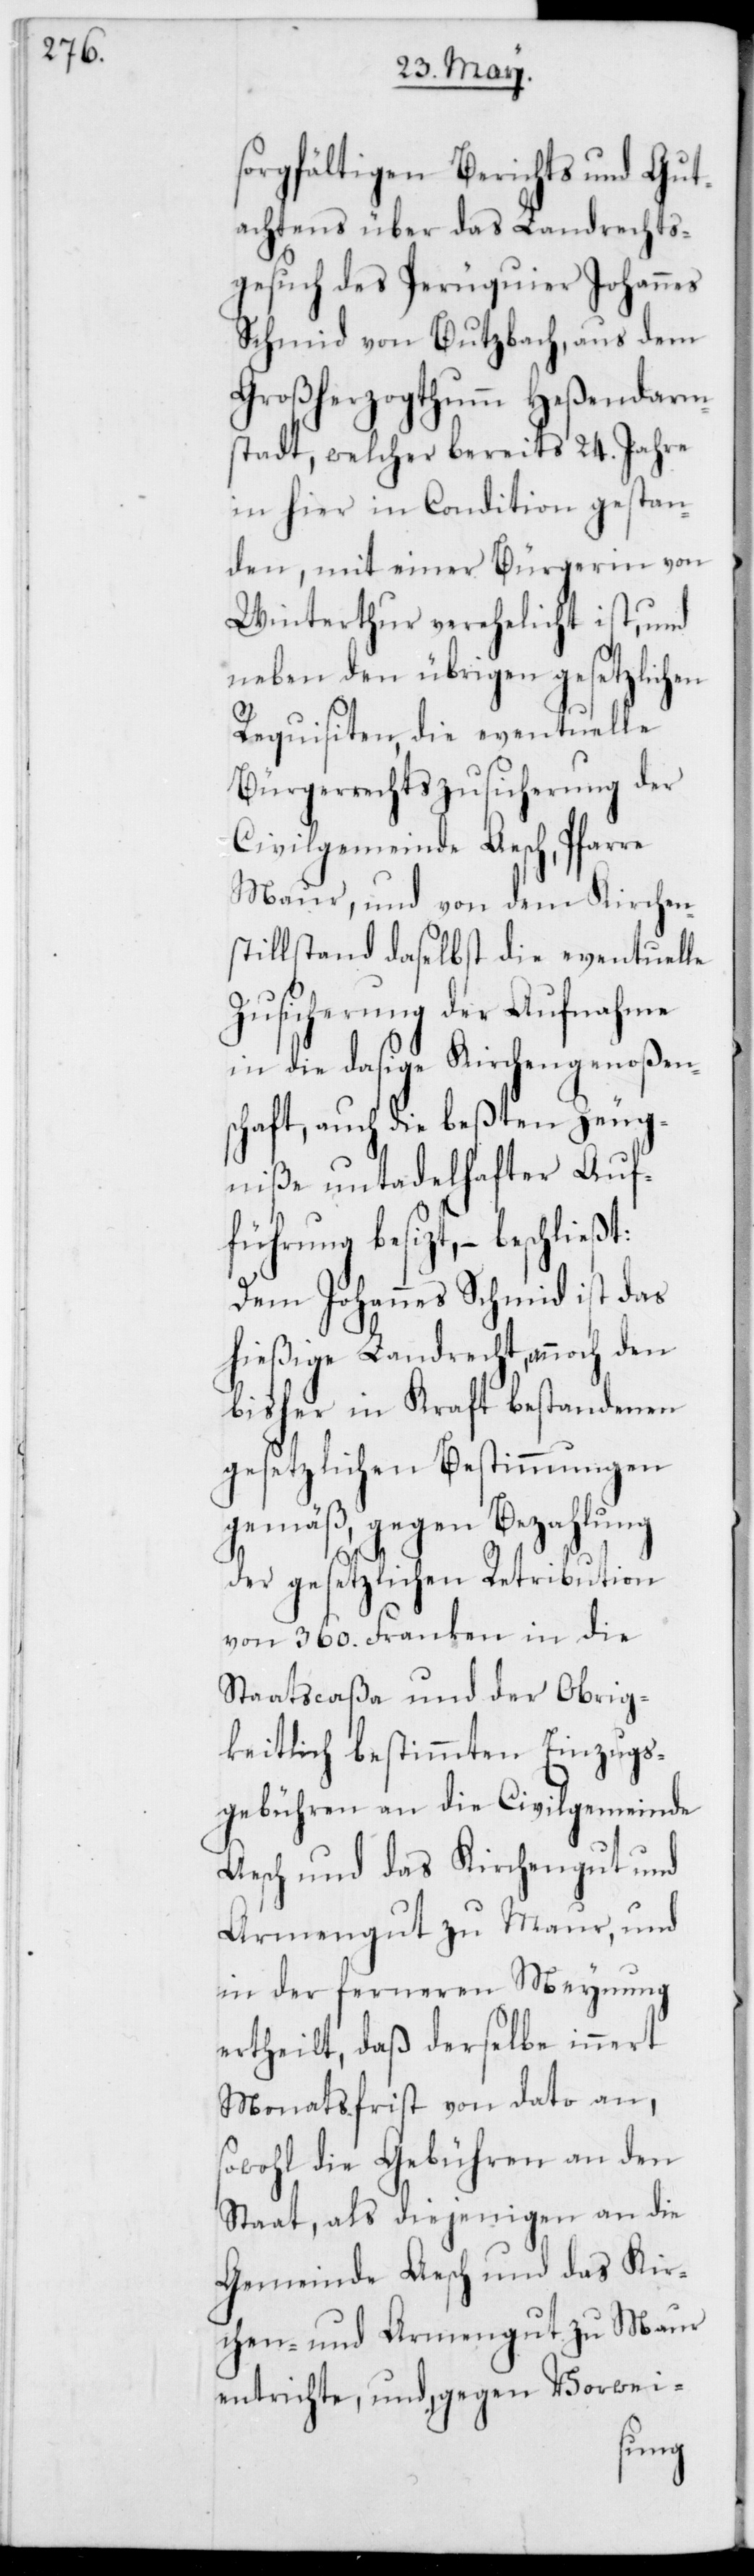
sorgfältigen Berichts und Gut¬
achtens über das Landrechts¬
gesuch des Perüquier Johannes
Schmid von Butzbach, aus dem
Großherzogthumm Heßendarm¬
stadt, welcher bereits 24. Jahre
in hier in Condition gestan¬
den, mit einer Bürgerin von
Winterthur verehelicht ist, und
neben den übrigen gesetzlichen
Requisiten, die eventuelle
Bürgerrechtszusicherung der
Civilgemeinde Aesch, Pfarre
Maur, und von dem Kirchen¬
stillstand daselbst die eventuelle
Zusicherung der Aufnahme
in die dasige Kirchengenoßen¬
schaft, auch die beßten Zeug¬
niße untadelhafter Auf¬
führung besizt, – beschließt:
Dem Johannes Schmid ist das
hießige Landrecht, annoch den
bisher in Kraft bestandenen
gesetzlichen Bestimmungen
gemäß, gegen Bezahlung
der gesetzlichen Retribution
von 360. Franken in die
Staatscaßa und der Obrig¬
keitlich bestimmten Einzugs¬
gebühren an die Civilgemeinde
Aesch und das Kirchengut und
Armengut zu Maur, und
in der ferneren Meynung
ertheilt, daß derselbe innert
Monatsfrist von dato an,
sowohl die Gebühren an den
Staat, als diejenigen an die
Gemeinde Aesch und das Kir¬
chen- und Armengut zu Maur
entrichte, und gegen Vorwei-